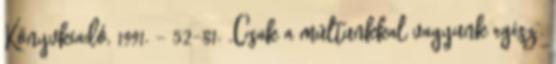
Könyvkiadó, 1991. – 52-81. „Csak a múltunkkal vagyunk egész”.